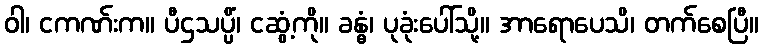
ဝါ၊ ငကဏ်းက။ ပီဌသပ္ပိံ၊ ငဆွံ့ကို။ ခန္ဓံ၊ ပုခုံးပေါ်သို့။ အာရောပေသိ၊ တက်စေပြီ။